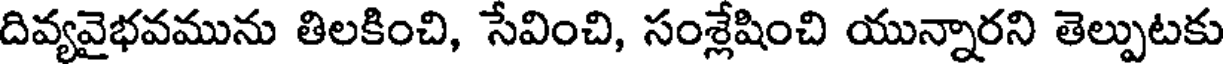
దివ్యవైభవమును తిలకించి, సేవించి, సంశ్లేషించి యున్నారని తెల్పుటకు